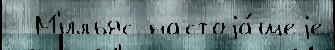
  М'ильяс настоjа́щеjе